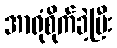
အာရုံစိုက်ခဲ့ပြီး